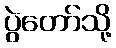
ပွဲတော်သို့